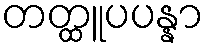
တတ္ထူပပန္နာ